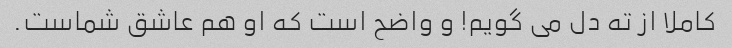
کاملا از ته دل می گویم! و واضح است که او هم عاشق شماست.